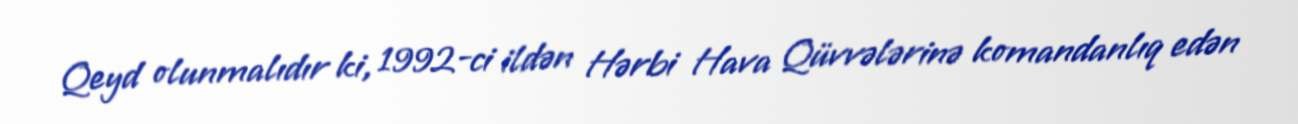
Qeyd olunmalıdır ki, 1992-ci ildən Hərbi Hava Qüvvələrinə komandanlıq edən